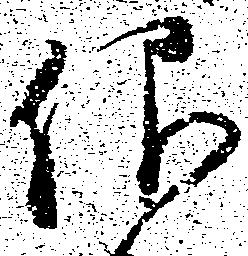
仰